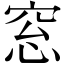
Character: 窓